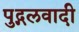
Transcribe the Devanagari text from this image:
पुद्गलवादी